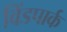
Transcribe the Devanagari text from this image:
विंडपार्क